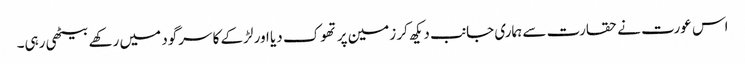
اس عورت نے حقارت سے ہماری جانب دیکھ کر زمین پر تھوک دیا اور لڑکے کا سرگود میں رکھے بیٹھی رہی۔